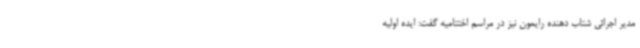
مدیر اجرائی شتاب دهنده رایمون نیز در مراسم اختتامیه گفت: ایده اولیه